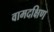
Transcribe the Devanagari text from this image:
वामदक्षिण